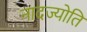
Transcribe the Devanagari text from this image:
नादज्योति